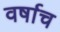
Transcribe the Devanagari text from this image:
वर्षाच